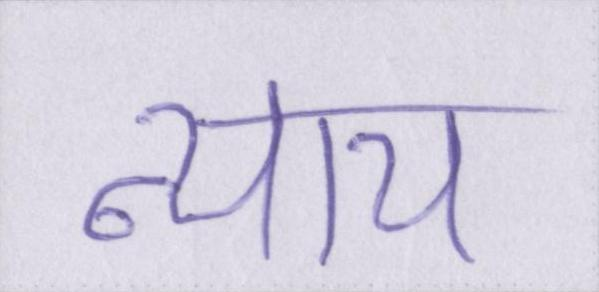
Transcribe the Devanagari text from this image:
न्याय